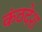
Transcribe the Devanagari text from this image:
कंठदेश